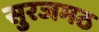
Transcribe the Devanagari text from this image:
सुरजमठ